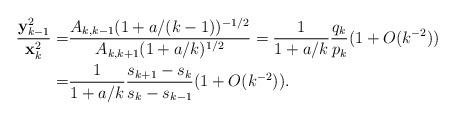
LaTeX: \begin{align*} \frac{\mathbf{y}_{k-1}^2}{\mathbf{x}_{k}^2}=& \frac{A_{k,k-1}(1+a/(k-1))^{-1/2}}{A_{k,k+1}(1+a/k)^{1/2}} = \frac{1}{ 1+a/k } \frac{q_k }{p_k }(1+O(k^{-2})) \\=& \frac{1}{1+a/k} \frac{s_{k+1}-s_k}{s_{k}-s_{k-1}}(1+O(k^{-2})) .\end{align*}